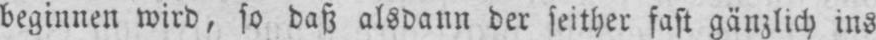
beginnen wird, so daß alsdann der seither fast gänzlich ins